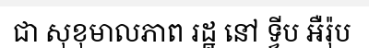
ជា សុខុមាលភាព រដ្ឋ នៅ ទ្វីប អឺរ៉ុប